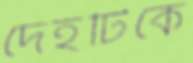
দেহটিকে